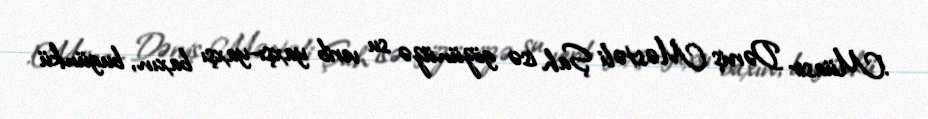
!Müasir Dərviş Məstəli Şah isə gözünüzə su verib yaxşı-yaxşı baxın, bugünkü